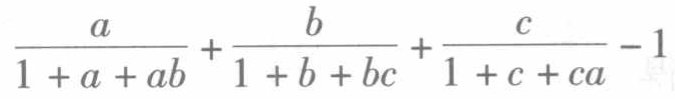
\frac{a}{1 + a + ab}+\frac{b}{1 + b + bc}+\frac{c}{1 + c + ca}-1